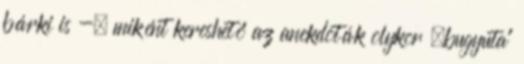
bárki is -, miként kereshető az anekdoták olykor „bugyuta”